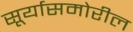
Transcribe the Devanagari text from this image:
सूर्यासमोरील